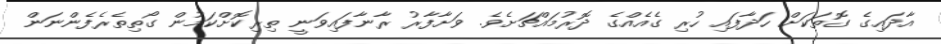
އާދައިގެ ގޮތަކަށް ހަދާފައި ހުރި ގެއެއްގެ ދޮރުމައްޗަށެވެ. ވަށާފާރު ރާނާފައިވަނީ ތިރިކޮށްކަމުން ގޯތިތެރެފެންނަން